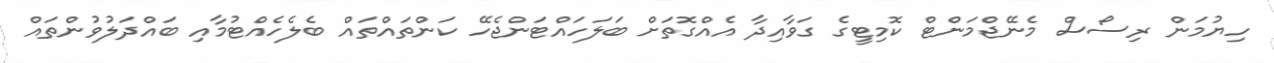
ހިޔުމަން ރިސޯސް މެނޭޖްމަންޓް ކޮމިޓީގެ ގަވާއިދާ އެއްގޮތަށް ބަލަހައްޓަންޖެހޭ ކަންތައްތައް ބެލެހެއްޓުމާއި ބައްދަލުވުންތައް